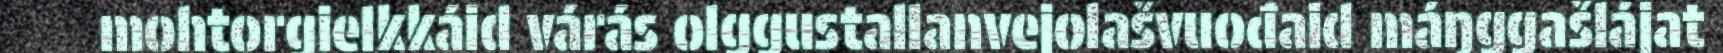
mohtorgielkkáid várás olggustallanvejolašvuođaid máŋggašlájat